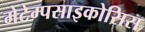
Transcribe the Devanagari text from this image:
मेटेम्पसाइकोसिस